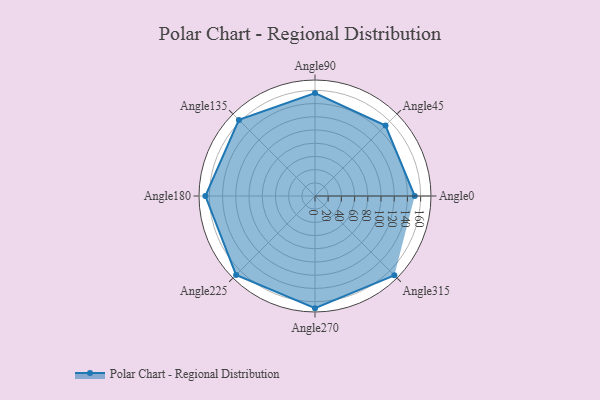
{"axis": {"x": "Angle", "y": "Radius"}, "legend": [""], "data": [{"x": "Angle0", "y": 151.0, "type": ""}, {"x": "Angle45", "y": 151.0, "type": ""}, {"x": "Angle90", "y": 156.0, "type": ""}, {"x": "Angle135", "y": 163.0, "type": ""}, {"x": "Angle180", "y": 166.0, "type": ""}, {"x": "Angle225", "y": 169.0, "type": ""}, {"x": "Angle270", "y": 170, "type": ""}, {"x": "Angle315", "y": 170, "type": ""}]}